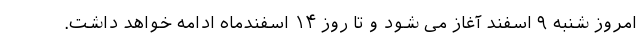
امروز شنبه ۹ اسفند آغاز می شود و تا روز ۱۴ اسفندماه ادامه خواهد داشت.